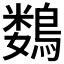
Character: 𱈲